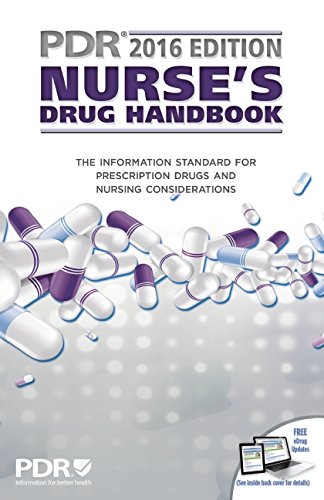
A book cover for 2016 PDR Nurse's Drug Handbook; PDR Staff; Medical Books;